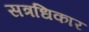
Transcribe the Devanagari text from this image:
सत्रधिकार